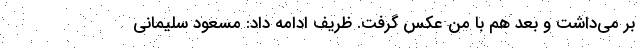
بر می‌داشت و بعد هم با من عکس گرفت. ظریف ادامه داد: مسعود سلیمانی